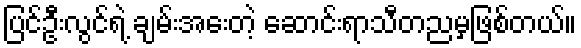
ပြင်ဦးလွင်ရဲ့ ချမ်းအေးတဲ့ ဆောင်းရာသီတညမှဖြစ်တယ်။